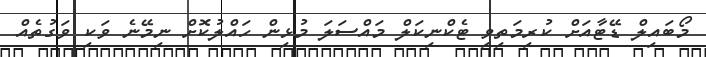
މޯބައިލް ޑޭޓާއަށް ކުރިމަތިވި ޓެކްނިކަލް މައްސަލަ މުޅިން ހައްލުކޮށް ނިމޭނެ ވަކި ވަގުތެއް